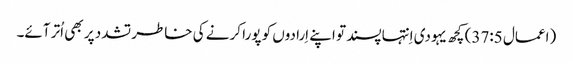
‏ (‏اعمال 5:‏37‏)‏ کچھ یہودی اِنتہاپسند تو اپنے اِرادوں کو پورا کرنے کی خاطر تشدد پر بھی اُتر آئے۔